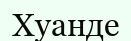
Хуанде